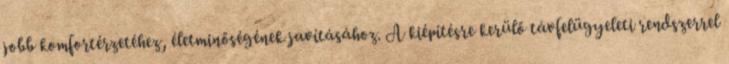
jobb komfortérzetéhez, életminőségének javításához. A kiépítésre kerülő távfelügyeleti rendszerrel